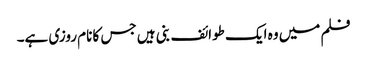
فلم میں وہ ایک طوائف بنی ہیں جس کا نام روزی ہے۔